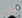
لدي